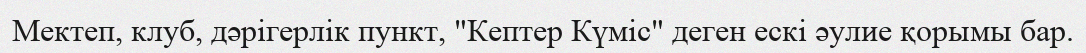
Мектеп, клуб, дәрігерлік пункт, "Кептер Күміс" деген ескі әулие қорымы бар.